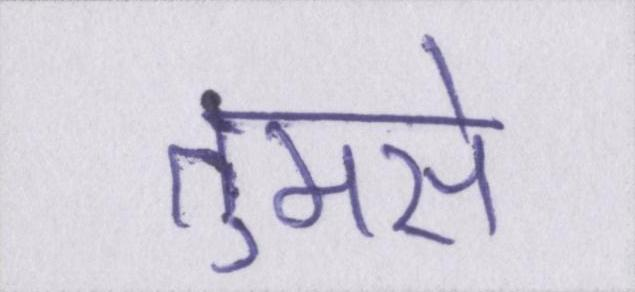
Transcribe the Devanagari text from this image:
तुमसे